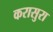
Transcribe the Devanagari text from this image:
करासुरा